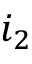
i _ { 2 }